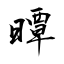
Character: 曋